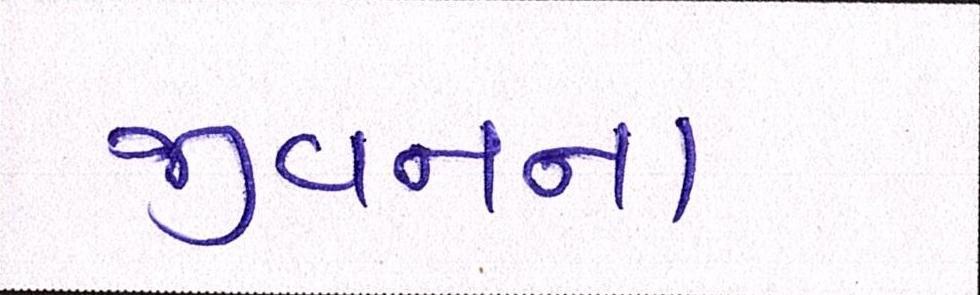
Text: જીવનના